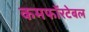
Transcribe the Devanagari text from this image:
कमफॉरटेबल